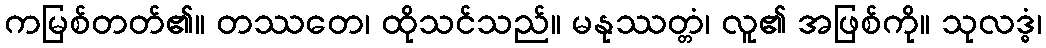
ကမြစ်တတ်၏။ တဿတေ၊ ထိုသင်သည်။ မနုဿတ္တံ၊ လူ၏ အဖြစ်ကို။ သုလဒ္ဓံ၊